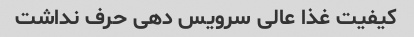
کیفیت غذا عالی سرویس دهی حرف نداشت